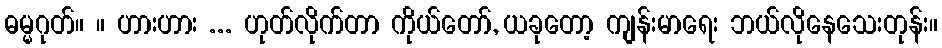
ဓမ္မဂုတ်။ ။ ဟားဟား ... ဟုတ်လိုက်တာ ကိုယ်တော်, ယခုတော့ ကျန်းမာရေး ဘယ်လိုနေသေးတုန်း။